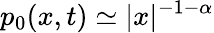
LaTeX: p_{0}(x,t)\simeq|x|^{-1-\alpha}